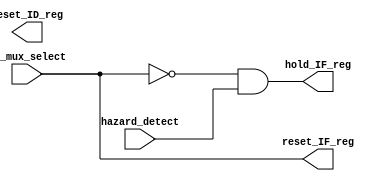
module Flush_unit(
    // inputs
    hazard_detect,
    bj_mux_select,
    // outputs
    reset_ID_reg,
    reset_IF_reg,
    hold_IF_reg
);

input hazard_detect, bj_mux_select;
output reset_ID_reg, reset_IF_reg, hold_IF_reg;

// In case of a branch/jump, IF/ID PR must be reset
// In case of a load-use hazard, IF/ID PR must hold its value
assign reset_IF_reg = bj_mux_select;
assign hold_IF_reg = !bj_mux_select && hazard_detect;

// In case either a branch/jump or load-use hazard occurs,
// ID/EX PR must be reset
assign reset_Id_reg = bj_mux_select || hazard_detect ;

endmodule